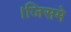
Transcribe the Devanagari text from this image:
।जिसमे